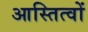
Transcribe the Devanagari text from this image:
आस्तित्वों